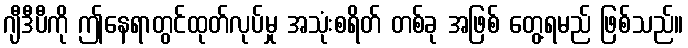
ဂျီဒီပီကို ဤနေရာတွင်ထုတ်လုပ်မှု အသုံးစရိတ် တစ်ခု အဖြစ် တွေ့ရမည် ဖြစ်သည်။